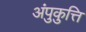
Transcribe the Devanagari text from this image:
अंपुकुत्ति